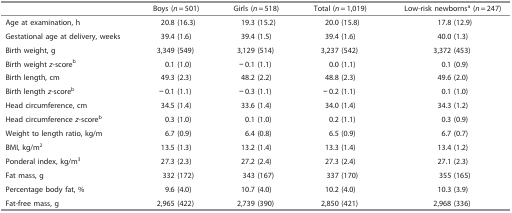
<table><thead><tr><td><b> </b></td><td><b>Boys (<i>n</i>=501)</b></td><td><b>Girls (<i>n</i>=518)</b></td><td><b>Total (<i>n</i>=1,019)</b></td><td><b>Low-risk newbornsa (<i>n</i>=247)</b></td></tr></thead><tbody><tr><td>Age at examination, h</td><td>20.8 (16.3)</td><td>19.3 (15.2)</td><td>20.0 (15.8)</td><td>17.8 (12.9)</td></tr><tr><td>Gestational age at delivery, weeks</td><td>39.4 (1.6)</td><td>39.4 (1.5)</td><td>39.4 (1.6)</td><td>40.0 (1.3)</td></tr><tr><td>Birth weight, g</td><td>3,349 (549)</td><td>3,129 (514)</td><td>3,237 (542)</td><td>3,372 (453)</td></tr><tr><td>Birth weight <i>z</i>-scoreb</td><td>0.1 (1.0)</td><td>−0.1 (1.1)</td><td>0.0 (1.1)</td><td>0.1 (0.9)</td></tr><tr><td>Birth length, cm</td><td>49.3 (2.3)</td><td>48.2 (2.2)</td><td>48.8 (2.3)</td><td>49.6 (2.0)</td></tr><tr><td>Birth length <i>z</i>-scoreb</td><td>−0.1 (1.1)</td><td>−0.3 (1.1)</td><td>−0.2 (1.1)</td><td>0.1 (1.0)</td></tr><tr><td>Head circumference, cm</td><td>34.5 (1.4)</td><td>33.6 (1.4)</td><td>34.0 (1.4)</td><td>34.3 (1.2)</td></tr><tr><td>Head circumference <i>z</i>-scoreb</td><td>0.3 (1.0)</td><td>0.1 (1.0)</td><td>0.2 (1.1)</td><td>0.3 (0.9)</td></tr><tr><td>Weight to length ratio, kg/m</td><td>6.7 (0.9)</td><td>6.4 (0.8)</td><td>6.5 (0.9)</td><td>6.7 (0.7)</td></tr><tr><td>BMI, kg/m<sup>2</sup></td><td>13.5 (1.3)</td><td>13.2 (1.4)</td><td>13.3 (1.4)</td><td>13.4 (1.2)</td></tr><tr><td>Ponderal index, kg/m<sup>3</sup></td><td>27.3 (2.3)</td><td>27.2 (2.4)</td><td>27.3 (2.4)</td><td>27.1 (2.3)</td></tr><tr><td>Fat mass, g</td><td>332 (172)</td><td>343 (167)</td><td>337 (170)</td><td>355 (165)</td></tr><tr><td>Percentage body fat, %</td><td>9.6 (4.0)</td><td>10.7 (4.0)</td><td>10.2 (4.0)</td><td>10.3 (3.9)</td></tr><tr><td>Fat-free mass, g</td><td>2,965 (422)</td><td>2,739 (390)</td><td>2,850 (421)</td><td>2,968 (336)</td></tr></tbody></table>